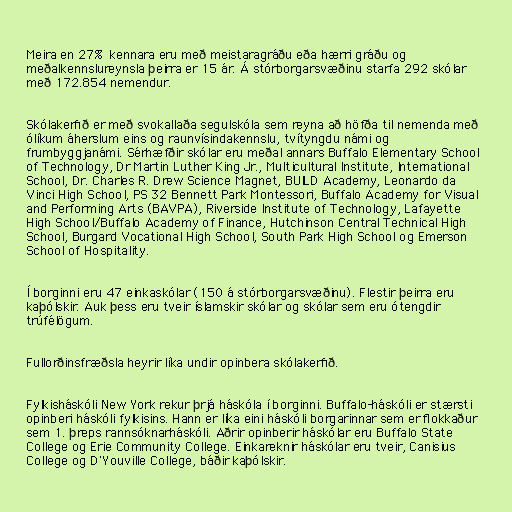
Meira en 27% kennara eru með meistaragráðu eða hærri gráðu og
meðalkennslureynsla þeirra er 15 ár. Á stórborgarsvæðinu starfa 292 skólar
með 172.854 nemendur.

Skólakerfið er með svokallaða segulskóla sem reyna að höfða til nemenda með
ólíkum áherslum eins og raunvísindakennslu, tvítyngdu námi og
frumbyggjanámi. Sérhæfðir skólar eru meðal annars Buffalo Elementary School
of Technology, Dr Martin Luther King Jr., Multicultural Institute, International
School, Dr. Charles R. Drew Science Magnet, BUILD Academy, Leonardo da
Vinci High School, PS 32 Bennett Park Montessori, Buffalo Academy for Visual
and Performing Arts (BAVPA), Riverside Institute of Technology, Lafayette
High School/Buffalo Academy of Finance, Hutchinson Central Technical High
School, Burgard Vocational High School, South Park High School og Emerson
School of Hospitality.

Í borginni eru 47 einkaskólar (150 á stórborgarsvæðinu). Flestir þeirra eru
kaþólskir. Auk þess eru tveir íslamskir skólar og skólar sem eru ótengdir
trúfélögum.

Fullorðinsfræðsla heyrir líka undir opinbera skólakerfið.

Fylkisháskóli New York rekur þrjá háskóla í borginni. Buffalo-háskóli er stærsti
opinberi háskóli fylkisins. Hann er líka eini háskóli borgarinnar sem er flokkaður
sem 1. þreps rannsóknarháskóli. Aðrir opinberir háskólar eru Buffalo State
College og Erie Community College. Einkareknir háskólar eru tveir, Canisius
College og D'Youville College, báðir kaþólskir.